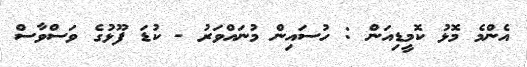
އެންމެ މޮޅު ކޮމީޑިއަން : ހުސައިން މުނައްވަރު - ކުޑަ ފޫޅުގެ ވަސްވާސް